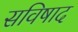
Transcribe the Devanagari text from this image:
सविषाद